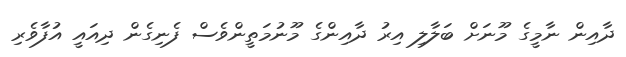
ދާއިން ނާމީގެ މޫނަށް ބަލާލި އިރު ދާއިންގެ މޫނުމަތީންވެސް ފެނިގެން ދިއައީ އުފާވެރި